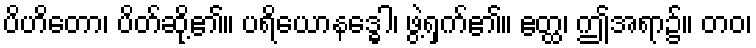
ပိဟိတော၊ ပိတ်ဆို့၏။ ပရိယောနဒ္ဓေါ၊ ဖွဲ့ရှက်၏။ ဧတ္ထ၊ ဤအရာ၌။ တဝ၊